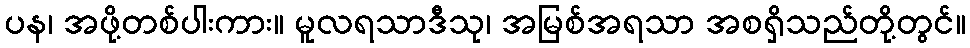
ပန၊ အဖို့တစ်ပါးကား။ မူလရသာဒီသု၊ အမြစ်အရသာ အစရှိသည်တို့တွင်။